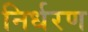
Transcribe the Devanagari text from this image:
निर्धरण